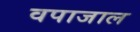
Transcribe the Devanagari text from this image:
वपाजाल